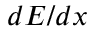
d E / d x